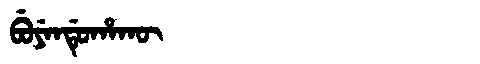
Manchu: ᠪᡠᠶᡝᠨᡩᡠᡥᠠᡴᡡ
Romanization: BUYENDUHAKŪ